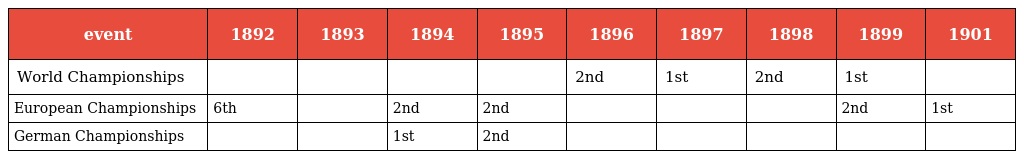
| event | 1892 | 1893 | 1894 | 1895 | 1896 | 1897 | 1898 | 1899 | 1901 |
 | --- | --- | --- | --- | --- | --- | --- | --- | --- | --- |
 | World Championships |  |  |  |  | 2nd | 1st | 2nd | 1st |  |
 | European Championships | 6th |  | 2nd | 2nd |  |  |  | 2nd | 1st |
 | German Championships |  |  | 1st | 2nd |  |  |  |  |  |